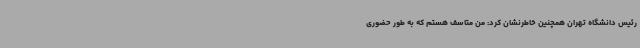
رئیس دانشگاه تهران همچنین خاطرنشان کرد: من متاسف هستم که به طور حضوری